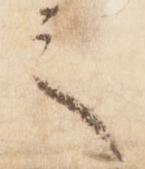
之